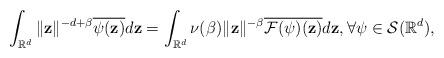
LaTeX: \begin{align*}\int_{\mathbb{R}^{d}}\|\mathbf{z}\|^{-d+\beta }\overline{\psi(\mathbf{z})}d\mathbf{z}= \int_{\mathbb{R}^{d}}\nu(\beta )\|\mathbf{z}\|^{-\beta }\overline{\mathcal{F}(\psi )(\mathbf{z})}d\mathbf{z},\forall \psi \in\mathcal{S}(\mathbb{R}^{d}), \end{align*}